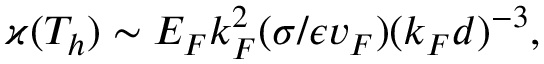
\varkappa ( T _ { h } ) \sim E _ { F } k _ { F } ^ { 2 } ( \sigma / \epsilon v _ { F } ) ( k _ { F } d ) ^ { - 3 } ,